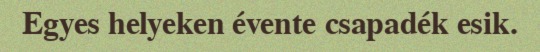
Egyes helyeken évente csapadék esik.